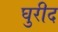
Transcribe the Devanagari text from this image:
घुरीद